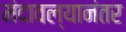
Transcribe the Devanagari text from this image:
मंदावल्यानंतर